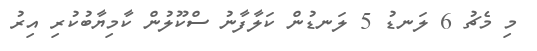
މި މެޗު 6 ލަނޑު 5 ލަނޑުން ކަލާފާނު ސްކޫލުން ކާމިޔާބުކުރި އިރު